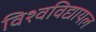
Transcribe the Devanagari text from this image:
विश्‍वविद्यायल